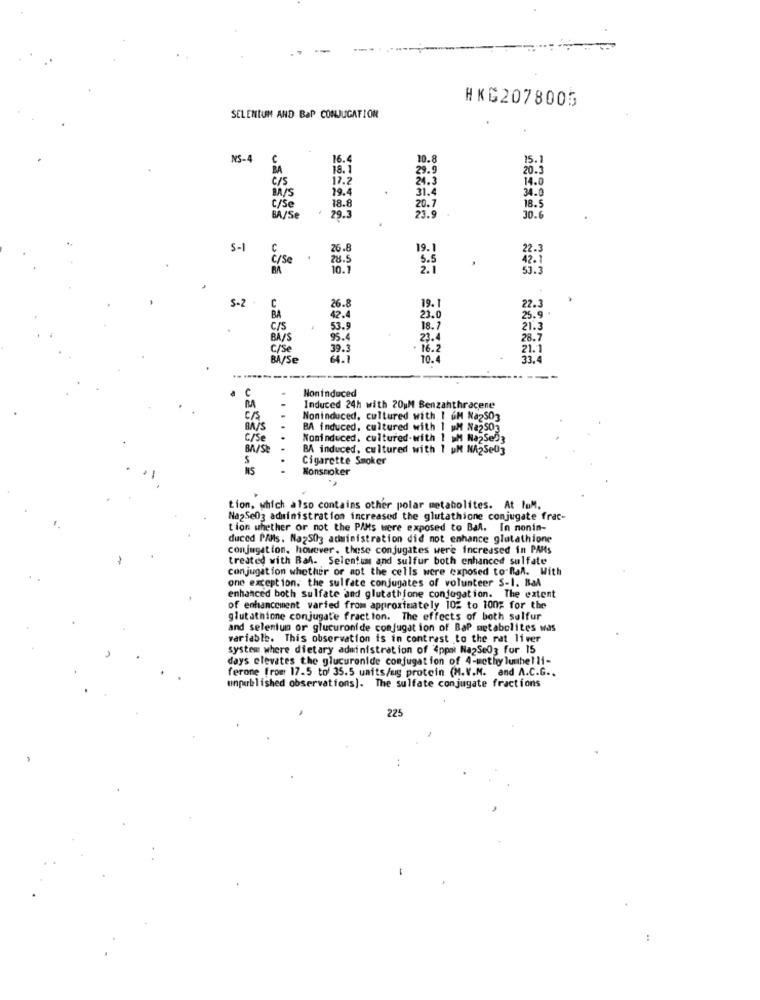
HKG2078005
SELENIUM AND BaP CONJUGATION
NS-4
16.4
10.8
15.1
BA
18.1
29.9
20.3
C/S
17.2
24.3
14.0
BA/S
19.4
31.4
34.0
C/Se
18.8
20.7
18.5
BA/Se
29.3
23.9
30.6
5-1
C
26.8
19.1
22.3
c/se
78.5
5.5
BA
10.1
2.1
42. 1
S-2
26.8
C
19. 1
22.3
BA
42.4
23.0
25.9
C/S
53.9
18.1
21.3
BA/S
95.4
23.
28.7
C/Se
39.3
16.2
21. 1
BA/Se
64.1
10.4
33.4
Noninduced
u
Induced 24h with 20 M Benzahthracene
C/S
Noninduced, cultured with I GM Na2503
BA/S
BA induced, cultured with 1 uM Na2503
C/Se
Nominduced, cultured-with 1 ;M NazSeDa
BA/SE
BA induced, cultured with 1 uM NA2Se03
Cigarette Smoker
NS
Nonsmoker
tion, which also contains other polar metabolites. At luM.
Na2Se03 administration increased the glutathione conjugate frac-
tion whether or not the PAMs were exposed to Ball. In nonin-
duced PAMs. Na2503 administration did not enhance glutathione
conjugation, however. these conjugates were increased in PAH's
treated with Ball- Selenium and sulfur both enhanced sulfate
conjugation whether or ant the cells were exposed to Ran. With
one exception. the sulfate conjugates of volunteer S-1. Bal
enhanced both sulfate and glutathione conjugation. The extent
of enhancement varied from approximately 102 to 100; for the
glutathione conjugate fraction. The effects of both sulfur
and selenlun or glucuronide conjugation of BaP metabolites was
variable. This observation is in contrast to the rat liver
system where dietary administration of 4ppet NapSe03 for 15
days elevates the glucuronide conjugation of 4-methy lumhe! li-
ferone from 17.5 to 35.5 units/ag protein (M.V.M. and A.C.G ..
unpublished observations]. The sulfate conjugate fractions
225